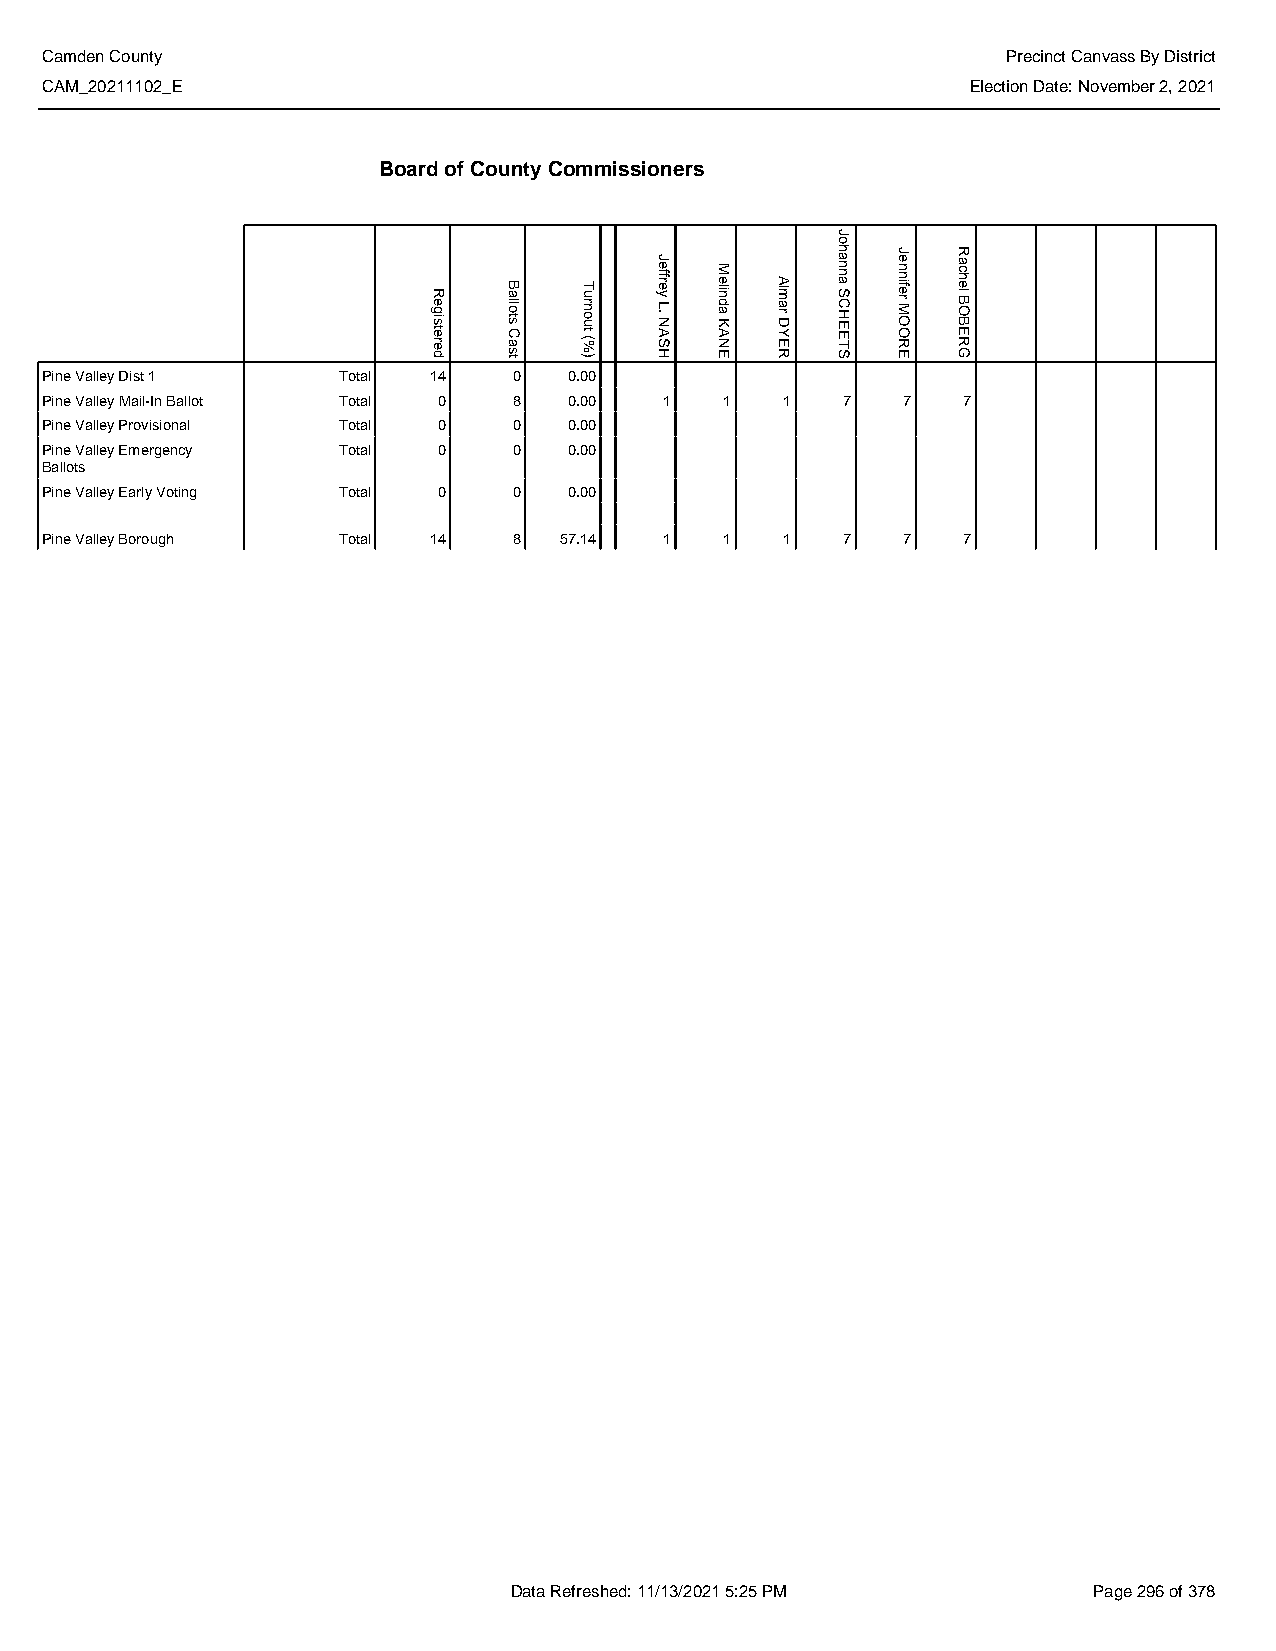
Camden County                                                   Precinct Canvass By District
 CAM_20211102_E                                               Election Date: November 2, 2021
 Board of County Commissioners
 Pine Valley Dist 1 Total 14    0   0.00
 Pine Valley Mail-In Ballot Total 0 8 0.00 1  1   1   7   7   7
 Pine Valley Provisional Total 0 0  0.00
 Pine Valley Emergency Total 0  0   0.00
 Ballots
 Pine Valley Early Voting Total 0 0 0.00
 Pine Valley Borough Total 14   8  57.14  1   1   1   7   7   7
 Data Refreshed: 11/13/2021 5:25 PM    Page 296 of 378
 Registered
 Ballots
 Cast
 Turnout
 (%)
 Jeffrey
 L.
 NASH
 Melinda
 KANE
 Almar
 DYER
 Johanna
 SCHEETS
 Jennifer
 MOORE
 Rachel
 BOBERG